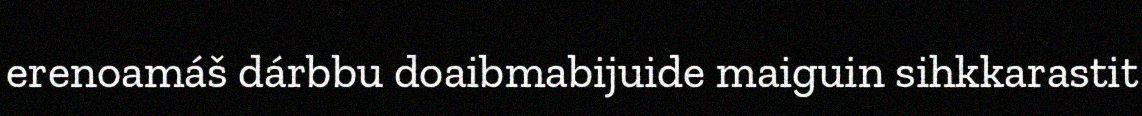
erenoamáš dárbbu doaibmabijuide maiguin sihkkarastit